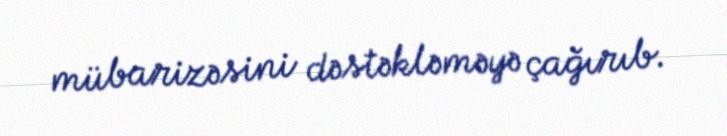
mübarizəsini dəstəkləməyə çağırıb.